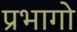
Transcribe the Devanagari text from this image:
प्रभागो